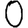
Digit: 0